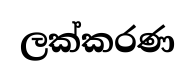
ලක්කරණ